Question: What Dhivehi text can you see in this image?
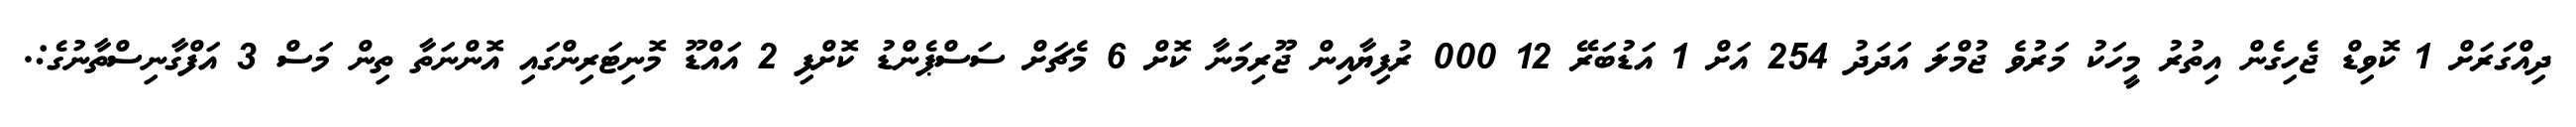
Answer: ދިއްގަރަށް 1 ކޮވިޑް ޖެހިގެން އިތުރު މީހަކު މަރުވެ ޖުމްލަ އަދަދު 254 އަށް 1 އަޑުބަރޭ 12 000 ރުފިޔާއިން ޖޫރިމަނާ ކޮށް 6 މެޗަށް ސަސްޕެންޑު ކޮށްފި 2 އައްޑޫ މޮނިޓަރިންގައި އޮންނަތާ ތިން މަސް 3 އަފްގާނިސްތާނުގެ:.